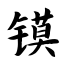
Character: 镆